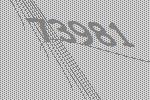
73981